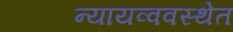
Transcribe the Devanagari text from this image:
न्यायव्ववस्थेत